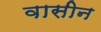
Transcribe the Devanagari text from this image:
वासीन